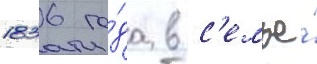
1836 го́да в с'емье́